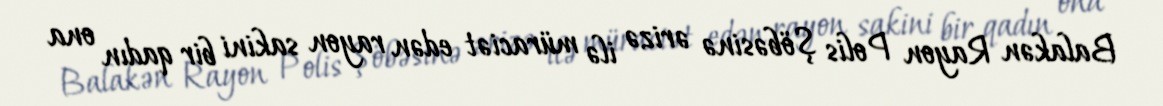
Balakən Rayon Polis Şöbəsinə ərizə ilə müraciət edən rayon sakini bir qadın ona